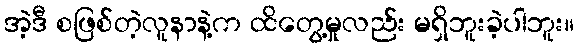
အဲ့ဒီ စဖြစ်တဲ့လူနာနဲ့က ထိတွေ့မှုလည်း မရှိဘူးခဲ့ပါဘူး။